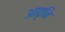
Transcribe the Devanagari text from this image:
आवृनि